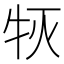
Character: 𰠰